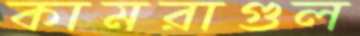
কামরাগুল